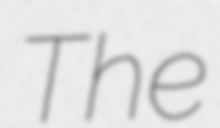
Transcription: The